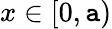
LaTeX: x\in[0,\mathtt{a})